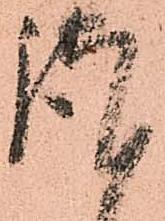
謹